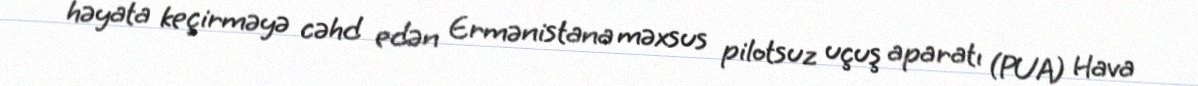
həyata keçirməyə cəhd edən Ermənistana məxsus pilotsuz uçuş aparatı (PUA) Hava